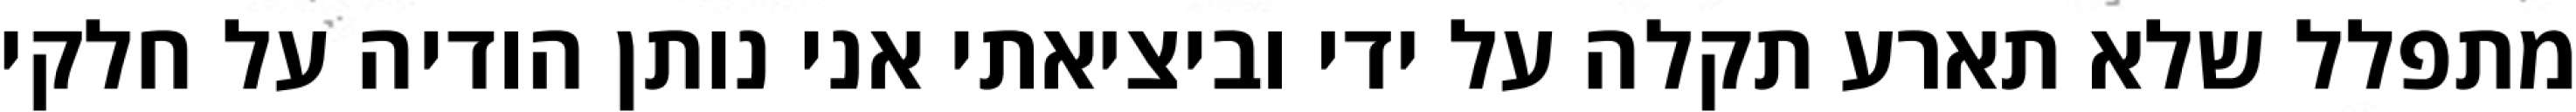
מתפלל שלא תארע תקלה על ידי וביציאתי אני נותן הודיה על חלקי